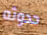
حدوثه